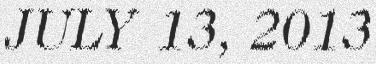
JULY 13, 2013